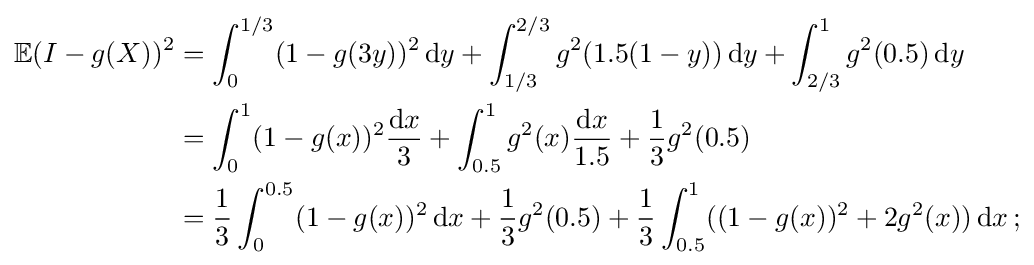
{\begin{aligned}\mathbb {E} (I-g(X))^{2}&=\int _{0}^{1/3}(1-g(3y))^{2}\,\mathrm {d} y+\int _{1/3}^{2/3}g^{2}(1.5(1-y))\,\mathrm {d} y+\int _{2/3}^{1}g^{2}(0.5)\,\mathrm {d} y\\&=\int _{0}^{1}(1-g(x))^{2}{\frac {\mathrm {d} x}{3}}+\int _{0.5}^{1}g^{2}(x){\frac {\mathrm {d} x}{1.5}}+{\frac {1}{3}}g^{2}(0.5)\\&={\frac {1}{3}}\int _{0}^{0.5}(1-g(x))^{2}\,\mathrm {d} x+{\frac {1}{3}}g^{2}(0.5)+{\frac {1}{3}}\int _{0.5}^{1}((1-g(x))^{2}+2g^{2}(x))\,\mathrm {d} x\,;\end{aligned}}